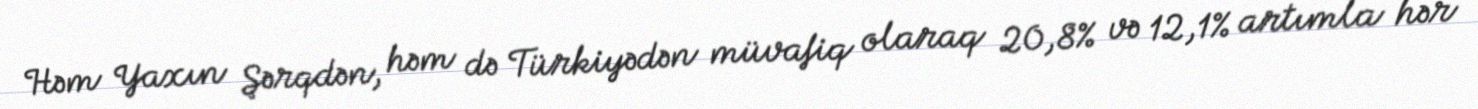
Həm Yaxın Şərqdən, həm də Türkiyədən müvafiq olaraq 20,8% və 12,1% artımla hər